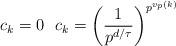
LaTeX: \begin{align*}c_k=0\ \ c_k=\left(\frac{1}{p^{d/\tau}}\right)^{p^{v_p(k)}}\ \end{align*}